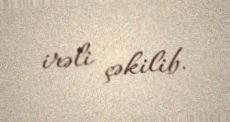
irəli çəkilib.